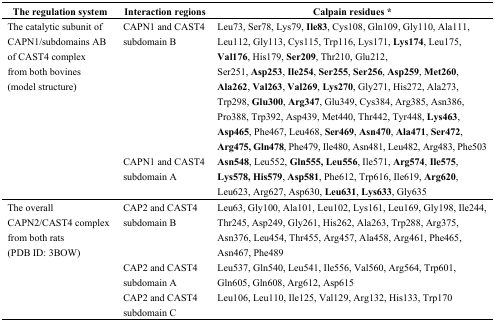
<table><thead><tr><td><b>The regulation system</b></td><td><b>Interaction regions</b></td><td><b>Calpain residues *</b></td></tr></thead><tbody><tr><td rowspan="2">The catalytic subunit of CAPN1/subdomains AB of CAST4 complex from both bovines (model structure)</td><td>CAPN1 and CAST4 subdomain B</td><td>Leu73, Ser78, Lys79, <b>Ile83</b>, Cys108, Gln109, Gly110, Ala111, Leu112, Gly113, Cys115, Trp116, Lys171, <b>Lys174</b>, Leu175, <b>Val176</b>, His179, <b>Ser209</b>, Thr210, Glu212, Ser251, <b>Asp253</b>, <b>Ile254</b>, <b>Ser255</b>, <b>Ser256</b>, <b>Asp259</b>, <b>Met260</b>, <b>Ala262</b>, <b>Val263</b>, <b>Val269</b>, <b>Lys270</b>, Gly271, His272, Ala273, Trp298, <b>Glu300</b>, <b>Arg347</b>, Glu349, Cys384, Arg385, Asn386, Pro388, Trp392, Asp439, Met440, Thr442, Tyr448, <b>Lys463</b>, <b>Asp465</b>, Phe467, Leu468, <b>Ser469</b>, <b>Asn470</b>, <b>Ala471</b>, <b>Ser472</b>, <b>Arg475, Gln478</b>, Phe479, Ile480, Asn481, Leu482, Arg483, Phe503</td></tr><tr><td>CAPN1 and CAST4 subdomain A</td><td><b>Asn548</b>, Leu552, <b>Gln555, Leu556</b>, Ile571, <b>Arg574</b>, <b>Ile575</b>, <b>Lys578, His579</b>, <b>Asp581</b>, Phe612, Trp616, Ile619, <b>Arg620</b>, Leu623, Arg627, Asp630, <b>Leu631</b>, <b>Lys633</b>, Gly635</td></tr><tr><td rowspan="3">The overall CAPN2/CAST4 complex from both rats (PDB ID: 3BOW)</td><td>CAP2 and CAST4 subdomain B</td><td>Leu63, Gly100, Ala101, Leu102, Lys161, Leu169, Gly198, Ile244, Thr245, Asp249, Gly261, His262, Ala263, Trp288, Arg375, Asn376, Leu454, Thr455, Arg457, Ala458, Arg461, Phe465, Asn467, Phe489</td></tr><tr><td>CAP2 and CAST4 subdomain A</td><td>Leu537, Gln540, Leu541, Ile556, Val560, Arg564, Trp601, Gln605, Gln608, Arg612, Asp615</td></tr><tr><td>CAP2 and CAST4 subdomain C</td><td>Leu106, Leu110, Ile125, Val129, Arg132, His133, Trp170</td></tr></tbody></table>